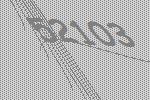
52103